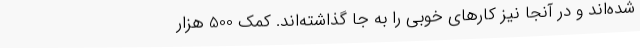
شده‌اند و در آنجا نیز کارهای خوبی را به جا گذاشته‌اند. کمک 500 هزار